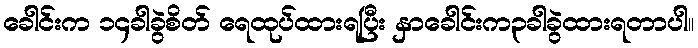
ခေါင်းက ၁၄ခါခွဲစိတ် ရေထုပ်ထားရပြီး နှာခေါင်းက၃ခါခွဲထားရတာပါ။